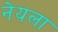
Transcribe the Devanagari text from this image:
नेयला